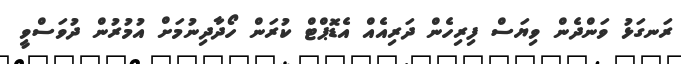
ރަނގަޅު ވަންދެން ވިޔަސް ފިރިހެން ދަރިއެއް އެޑޮޕްޓް ކުރަން ހޯދާދިނުމަށް އުމުރުން ދުވަސްވީ